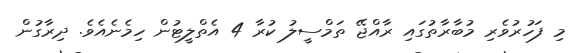
މި ފަހުރުވެރި މުބާރާތުގައި ރާއްޖޭ ތަމްސީލު ކުރާ 4 އެތްލީޓުން ހިމެނެއެވެ. ދިރާގުން